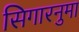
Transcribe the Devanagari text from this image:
सिगारनुमा